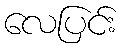
လေပြင်း